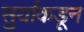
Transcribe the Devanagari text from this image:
सुर्याकडून